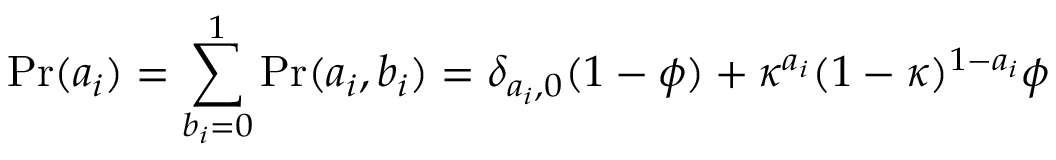
\mathrm { P r } ( a _ { i } ) = \sum _ { b _ { i } = 0 } ^ { 1 } \mathrm { P r } ( a _ { i } , b _ { i } ) = \delta _ { a _ { i } , 0 } ( 1 - \phi ) + \kappa ^ { a _ { i } } ( 1 - \kappa ) ^ { 1 - a _ { i } } \phi